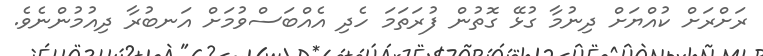
ރަށްރަށް ކުއްޔަށް ދިނުމާ ގުޅޭ ގޮތުން ފުރަތަމަ ހެދި އެއްބަސްވުމަށް އަނބުރާ ދިއުމުންނެވެ.